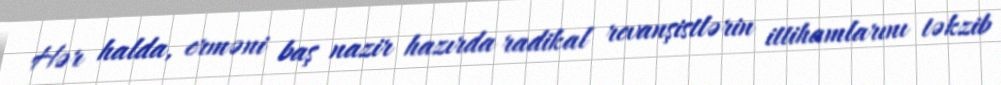
Hər halda, erməni baş nazir hazırda radikal revanşistlərin ittihamlarını təkzib